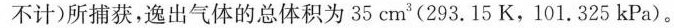
h不计)所捕获，逸出气体的总体积为35cm^{3}(293.15K，101.325kPa)。